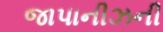
જાપાનીઝની